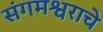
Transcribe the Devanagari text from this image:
संगमश्वराचे